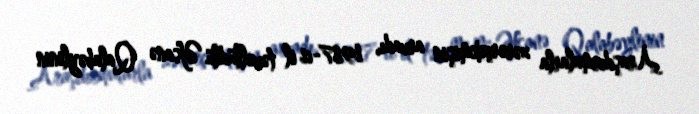
Araşdırmalarla zərərçəkmişin arvadı, 1987-ci il təvəllüdlü Əfsanə Qalabəylinin